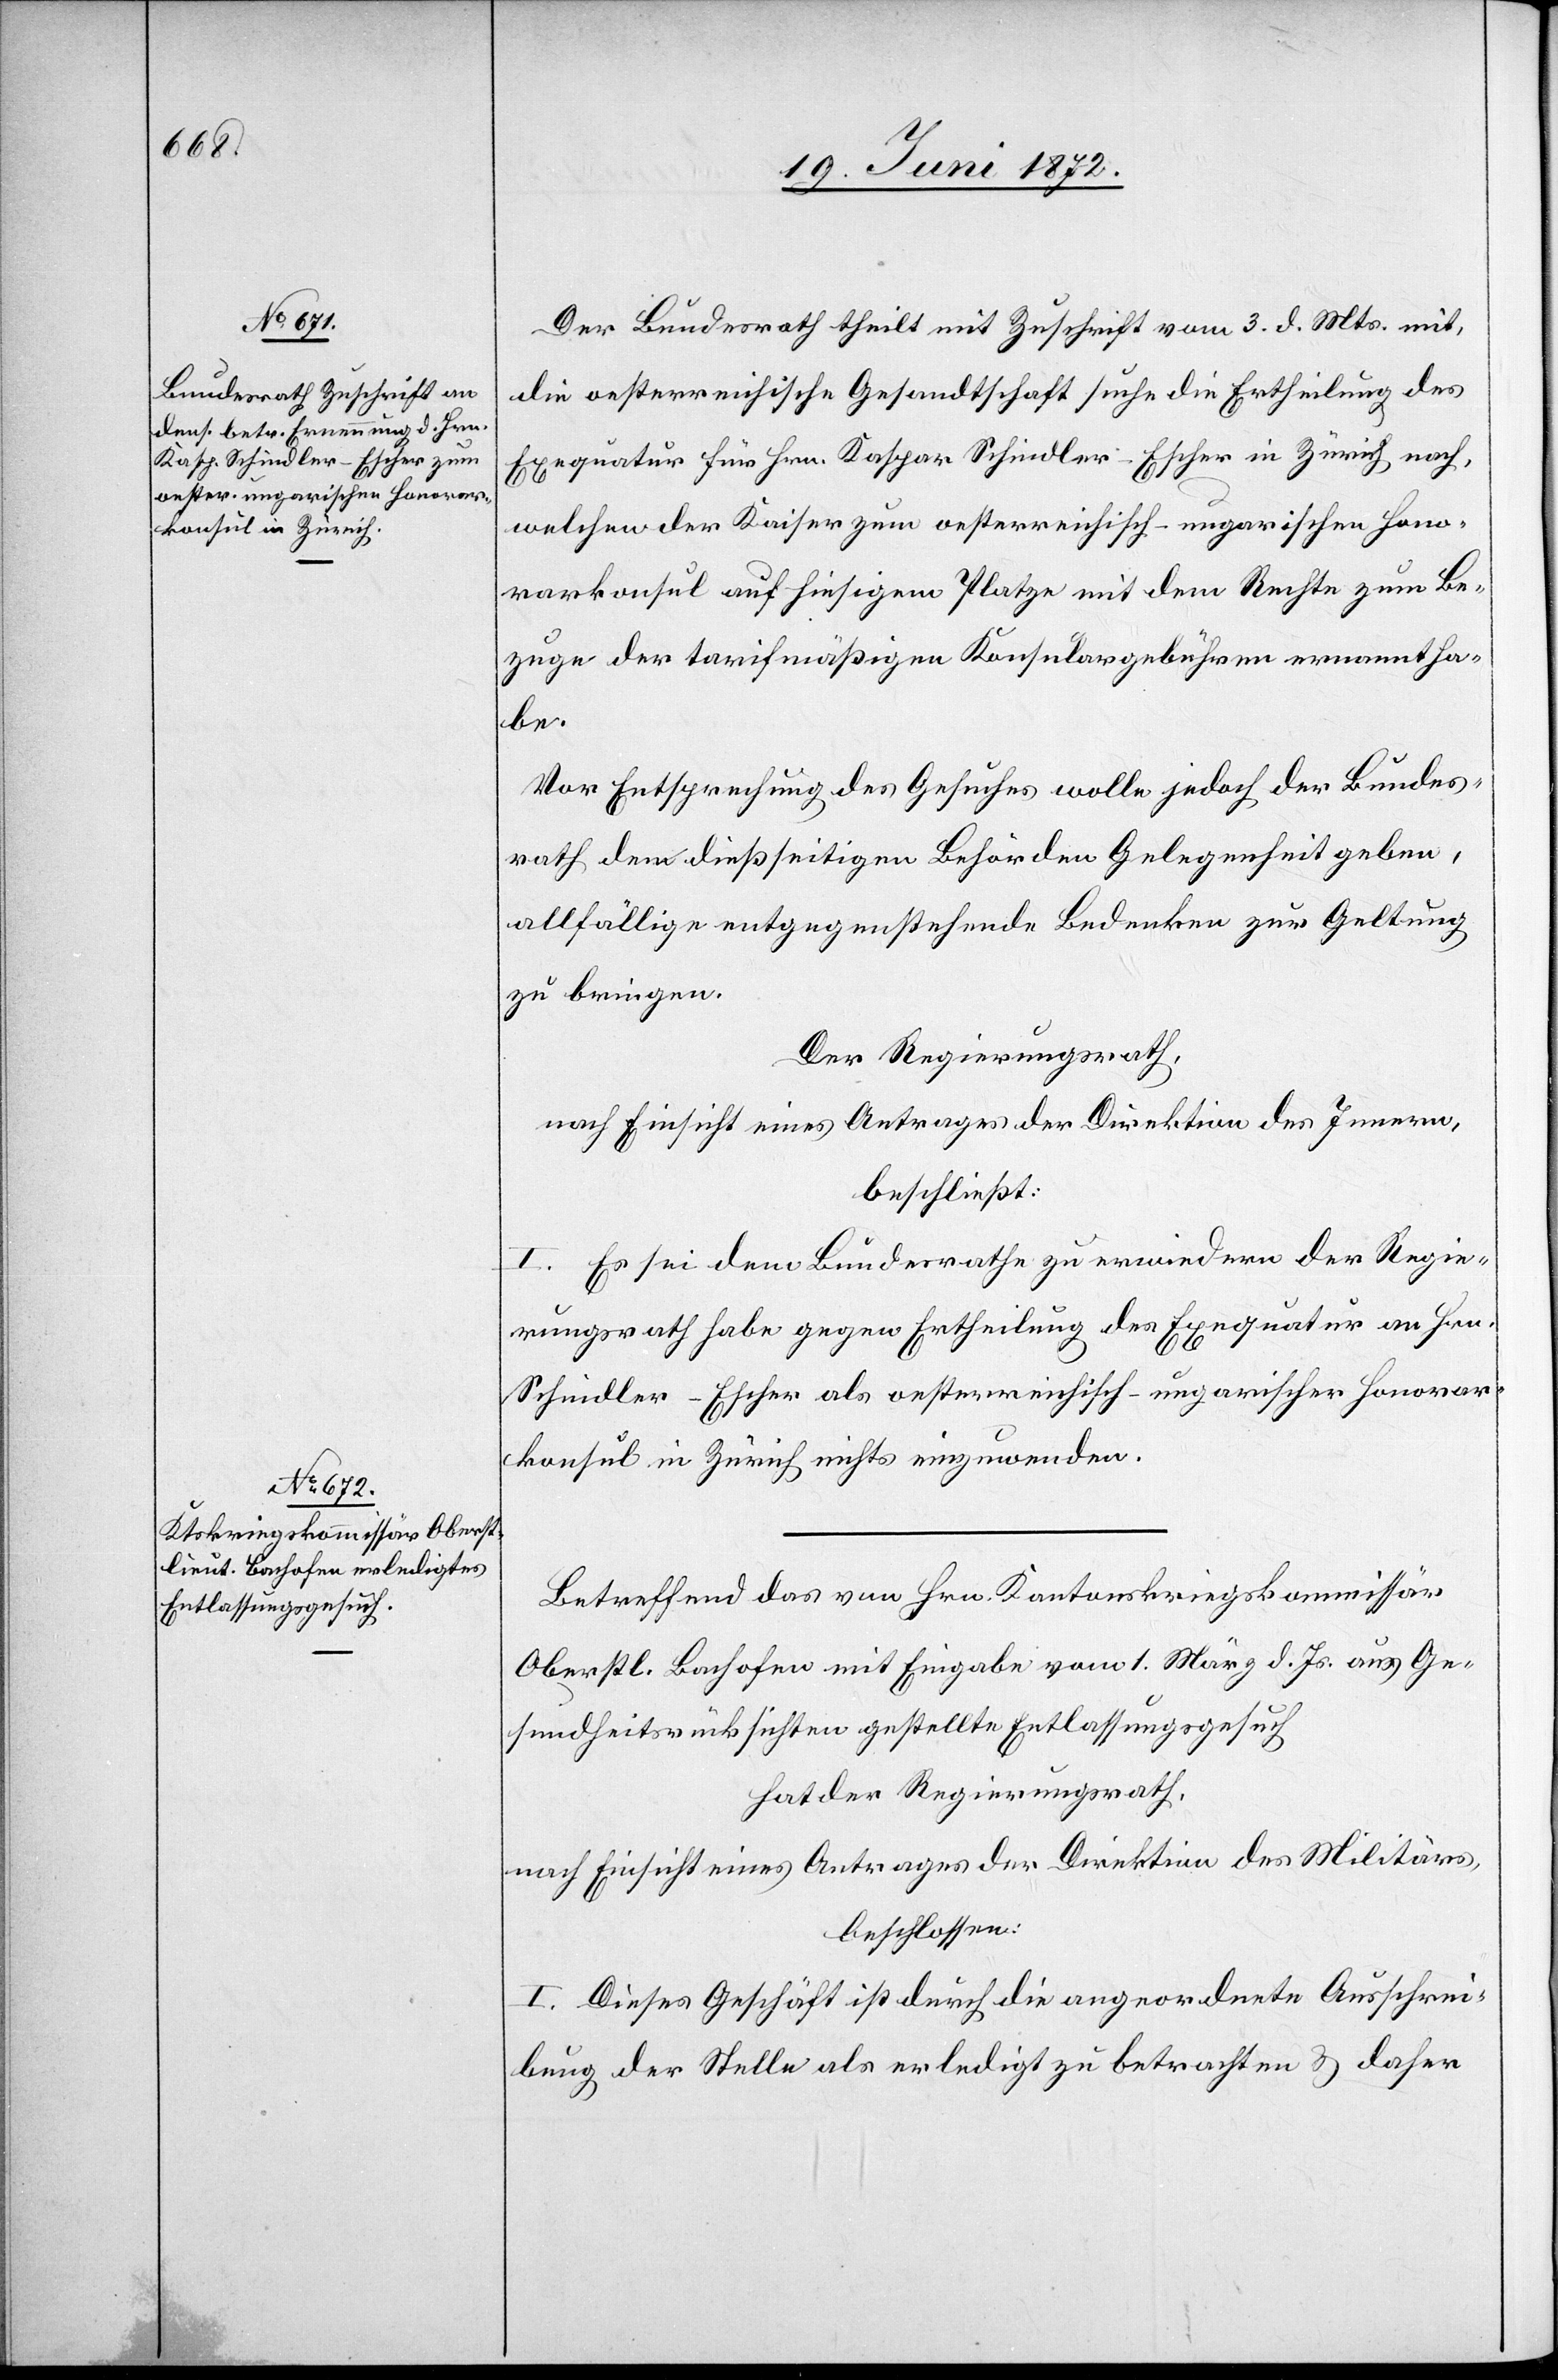
Der Bundesrath theilt mit Zuschrift vom 3. d. Mts. mit,
die oesterreichische Gesandtschaft suche die Ertheilung des
Exequatur für Hrn. Kaspar Schindler-Escher in Zürich nach,
welchen der Kaiser zum oesterreichisch-ungarischen Hono¬
rarkonsul auf hiesigem Platze mit dem Rechte zum Be¬
zuge der tarifmäßigen Konsulargebühren ernannt ha¬
be.
Vor Entsprechung des Gesuches wolle jedoch der Bundes¬
rath den dießseitigen Behörden Gelegenheit geben,
allfällige entgegenstehende Bedenken zur Geltung
zu bringen.
Der Regierungsrath,
nach Einsicht eines Antrages der Direktion des Innern,
beschließt:
I. Es sei dem Bundesrathe zu erwiedern der Regie¬
rungsrath habe gegen Ertheilung des Exequatur an Hrn.
ngarischer Honorar¬
Schindler-Escher als oesterreichisch-u¬
konsul in Zürich nichts einzuwenden.
Betreffend das von Hrn. Kantonskriegskommissär
Oberstl. Bachofen mit Eingabe vom 1. März d. Js. aus Ge¬
sundheitsrücksichten gestellte Entlassungsgesuch
hat der Regierungsrath,
nach Einsicht eines Antrages der Direktion des Militärs,
beschlossen:
I. Dieses Geschäft ist durch die angeordnete Ausschrei¬
bung der Stelle als erledigt zu betrachten u. daher